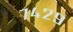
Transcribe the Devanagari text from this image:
७४२९